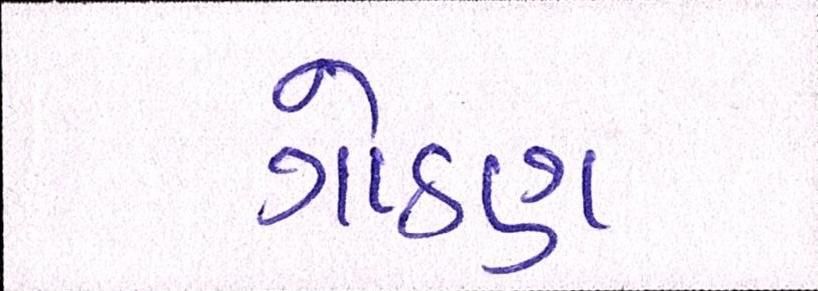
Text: ગોઠણ